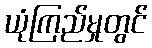
ယုံကြည်မှုတွင်